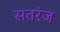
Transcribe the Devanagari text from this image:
सतरंज